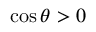
\cos \theta > 0